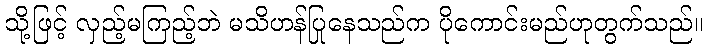
သို့ဖြင့် လှည့်မကြည့်ဘဲ မသိဟန်ပြုနေသည်က ပိုကောင်းမည်ဟုတွက်သည်။